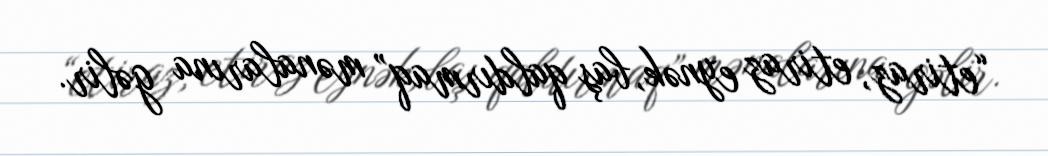
“etiraz, etiraz eynək, baş qaldırmaq” mənalarına gəlir.